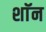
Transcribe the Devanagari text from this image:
शाॅन